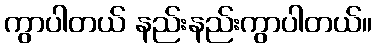
ကွာပါတယ် နည်းနည်းကွာပါတယ်။